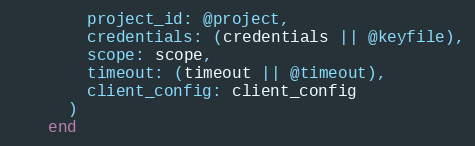
Language: Ruby
        project_id: @project,
        credentials: (credentials || @keyfile),
        scope: scope,
        timeout: (timeout || @timeout),
        client_config: client_config
      )
    end